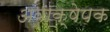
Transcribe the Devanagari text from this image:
अवाक्षेपक